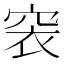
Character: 𥥴